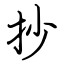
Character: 抄